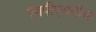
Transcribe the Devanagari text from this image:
एमपीएससीचा